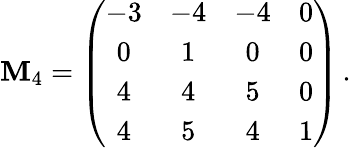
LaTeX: \mathbf{M}_{4}=\left(\begin{array}{cccc}{{-3}}&{{-4}}&{{-4}}&{{0}}\\ {{0}}&{{1}}&{{0}}&{{0}}\\ {{4}}&{{4}}&{{5}}&{{0}}\\ {{4}}&{{5}}&{{4}}&{{1}}\end{array}\right)\, .